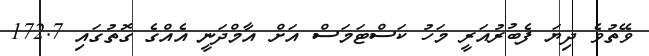
ވޭތުވެ ދިޔަ ފެބުރުއަރީ މަހު ކަސްޓަމަސް އަށް އާމްދަނީ އެއްގެ ގޮތުގައި 172.7